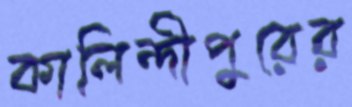
কালিন্দীপুরের